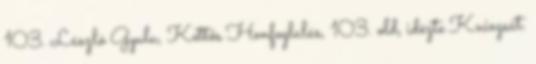
103. László Gyula, Kettős Honfoglalás, 103. old, idézte Kniezsát.